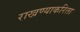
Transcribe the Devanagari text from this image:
राखण्याकरिता